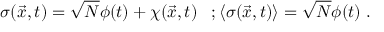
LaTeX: \sigma ( \vec { x } , t ) = \sqrt { N } \phi ( t ) + \chi ( \vec { x } , t ) \; \; \; ; \langle \sigma ( \vec { x } , t ) \rangle = \sqrt { N } \phi ( t ) \; .